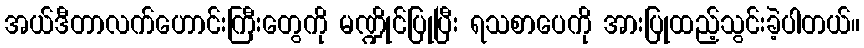
အယ်ဒီတာလက်ဟောင်းကြီးတွေကို မဏ္ဍိုင်ပြုပြီး ရသစာပေကို အားပြုထည့်သွင်းခဲ့ပါတယ်။